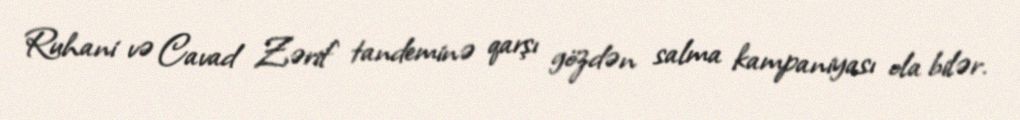
Ruhani və Cavad Zərif tandeminə qarşı gözdən salma kampaniyası ola bilər.